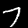
Digit: 7